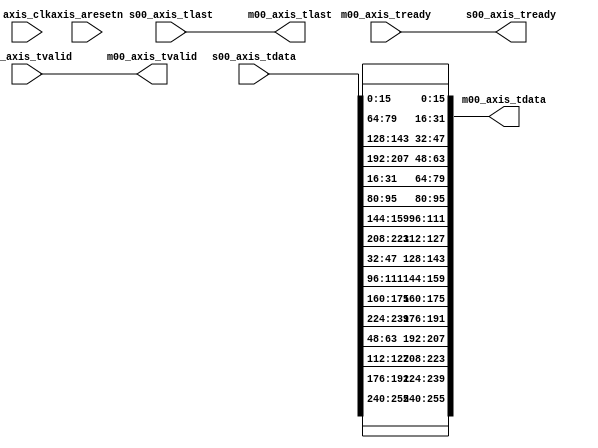
module daala_4x4_transpose_v1_0 #
	(
		parameter integer C_S00_AXIS_TDATA_WIDTH	= 256,
		parameter integer C_M00_AXIS_TDATA_WIDTH	= 256
	)
	(
        input wire axis_clk,
        input wire axis_aresetn,
		output wire  s00_axis_tready,
		input wire [C_S00_AXIS_TDATA_WIDTH-1 : 0] s00_axis_tdata,
		input wire  s00_axis_tlast,
		input wire  s00_axis_tvalid,
		output wire  m00_axis_tvalid,
		output wire [C_M00_AXIS_TDATA_WIDTH-1 : 0] m00_axis_tdata,
		output wire  m00_axis_tlast,
		input wire  m00_axis_tready
	);
	assign s00_axis_tready = m00_axis_tready;
	assign m00_axis_tlast = s00_axis_tlast;
	assign m00_axis_tvalid = s00_axis_tvalid;
	assign m00_axis_tdata[( 0+1)*16-1: 0*16] = s00_axis_tdata[( 0+1)*16-1: 0*16];
	assign m00_axis_tdata[( 1+1)*16-1: 1*16] = s00_axis_tdata[( 4+1)*16-1: 4*16];
	assign m00_axis_tdata[( 2+1)*16-1: 2*16] = s00_axis_tdata[( 8+1)*16-1: 8*16];
	assign m00_axis_tdata[( 3+1)*16-1: 3*16] = s00_axis_tdata[(12+1)*16-1:12*16];
	assign m00_axis_tdata[( 4+1)*16-1: 4*16] = s00_axis_tdata[( 1+1)*16-1: 1*16];
	assign m00_axis_tdata[( 5+1)*16-1: 5*16] = s00_axis_tdata[( 5+1)*16-1: 5*16];
	assign m00_axis_tdata[( 6+1)*16-1: 6*16] = s00_axis_tdata[( 9+1)*16-1: 9*16];
	assign m00_axis_tdata[( 7+1)*16-1: 7*16] = s00_axis_tdata[(13+1)*16-1:13*16];
	assign m00_axis_tdata[( 8+1)*16-1: 8*16] = s00_axis_tdata[( 2+1)*16-1: 2*16];
	assign m00_axis_tdata[( 9+1)*16-1: 9*16] = s00_axis_tdata[( 6+1)*16-1: 6*16];
	assign m00_axis_tdata[(10+1)*16-1:10*16] = s00_axis_tdata[(10+1)*16-1:10*16];
	assign m00_axis_tdata[(11+1)*16-1:11*16] = s00_axis_tdata[(14+1)*16-1:14*16];
	assign m00_axis_tdata[(12+1)*16-1:12*16] = s00_axis_tdata[( 3+1)*16-1: 3*16];
	assign m00_axis_tdata[(13+1)*16-1:13*16] = s00_axis_tdata[( 7+1)*16-1: 7*16];
	assign m00_axis_tdata[(14+1)*16-1:14*16] = s00_axis_tdata[(11+1)*16-1:11*16];
	assign m00_axis_tdata[(15+1)*16-1:15*16] = s00_axis_tdata[(15+1)*16-1:15*16];
	endmodule